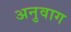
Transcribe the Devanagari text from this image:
अनुवाग